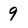
Character: 9